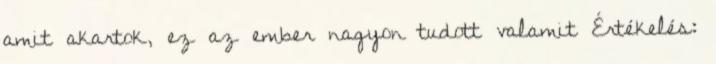
amit akartok, ez az ember nagyon tudott valamit Értékelés: